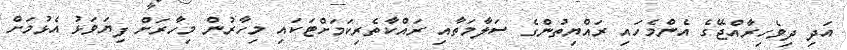
އަދި ދިވެހިރާއްޖޭގެ އެންމެހައި ރައްޔިތުންގެ ސަލާމަތާއި ރައްކާތެރިކަމަށްޓަކައި މިހާރުން މިހާރަށް ފިޔަވަޅު އެޅުމަށް